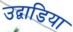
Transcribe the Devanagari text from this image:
उद्वाडिया